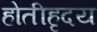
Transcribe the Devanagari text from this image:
होतीहृदय